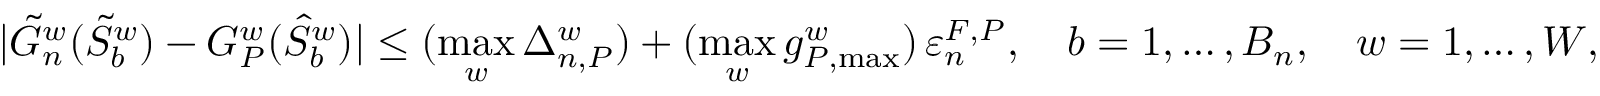
| \tilde { G } _ { n } ^ { w } ( \tilde { S } _ { b } ^ { w } ) - G _ { P } ^ { w } ( \hat { S } _ { b } ^ { w } ) | \leq ( \operatorname* { m a x } _ { w } \Delta _ { n , P } ^ { w } ) + ( \operatorname* { m a x } _ { w } g _ { P , \operatorname* { m a x } } ^ { w } ) \, \varepsilon _ { n } ^ { F , P } , \quad b = 1 , \dots , B _ { n } , \quad w = 1 , \dots , W ,